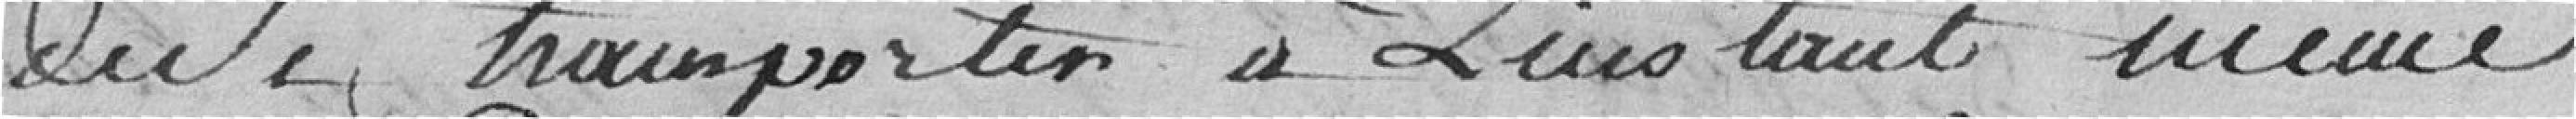
de le transporter à l'instant même